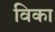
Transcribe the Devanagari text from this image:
विका